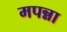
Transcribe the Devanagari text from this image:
मपन्ना